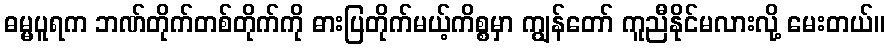
ဓမ္မပူရက ဘဏ်တိုက်တစ်တိုက်ကို ဓားပြတိုက်မယ့်ကိစ္စမှာ ကျွန်တော် ကူညီနိုင်မလားလို့ မေးတယ်။